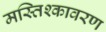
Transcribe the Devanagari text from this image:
मस्तिश्कावरण